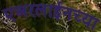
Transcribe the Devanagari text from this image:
एअरलाईनच्या